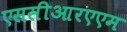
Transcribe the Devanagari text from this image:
एससीआरएएम